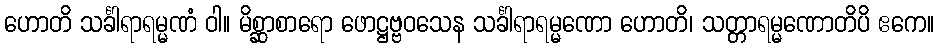
ဟောတိ သင်္ခါရာရမ္မဏံ ဝါ။ မိစ္ဆာစာရော ဖောဋ္ဌဗ္ဗဝသေန သင်္ခါရာရမ္မဏော ဟောတိ၊ သတ္တာရမ္မဏောတိပိ ဧကေ။